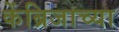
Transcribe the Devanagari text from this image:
केंब्रिजाच्या